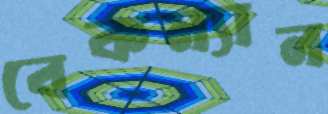
বেকম্যান